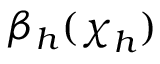
\beta _ { h } ( { \boldsymbol \chi } _ { h } )